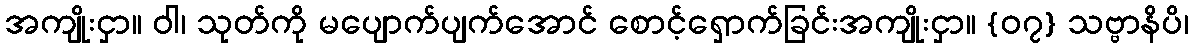
အကျိုးငှာ။ ဝါ၊ သုတ်ကို မပျောက်ပျက်အောင် စောင့်ရှောက်ခြင်းအကျိုးငှာ။ {၀၇} သဗ္ဗာနိပိ၊